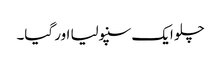
چلو ایک سنپولیا اور گیا۔